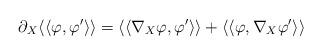
LaTeX: \begin{align*}\partial_X \langle\langle\varphi,\varphi'\rangle\rangle=\langle\langle\nabla_X\varphi,\varphi'\rangle\rangle+ \langle\langle\varphi,\nabla_X\varphi'\rangle\rangle\end{align*}